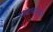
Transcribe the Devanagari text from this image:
अंनतर्राश्टीय